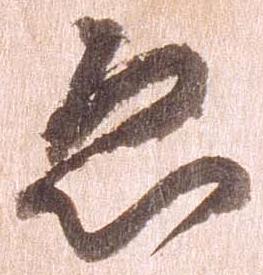
ゑ